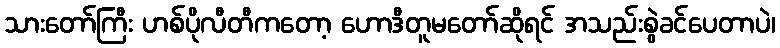
သားတော်ကြီး ဟစ်ပိုလီတီကတော့ ဟောဒီတူမတော်ဆိုရင် အသည်းစွဲခင်ပေတာပဲ၊